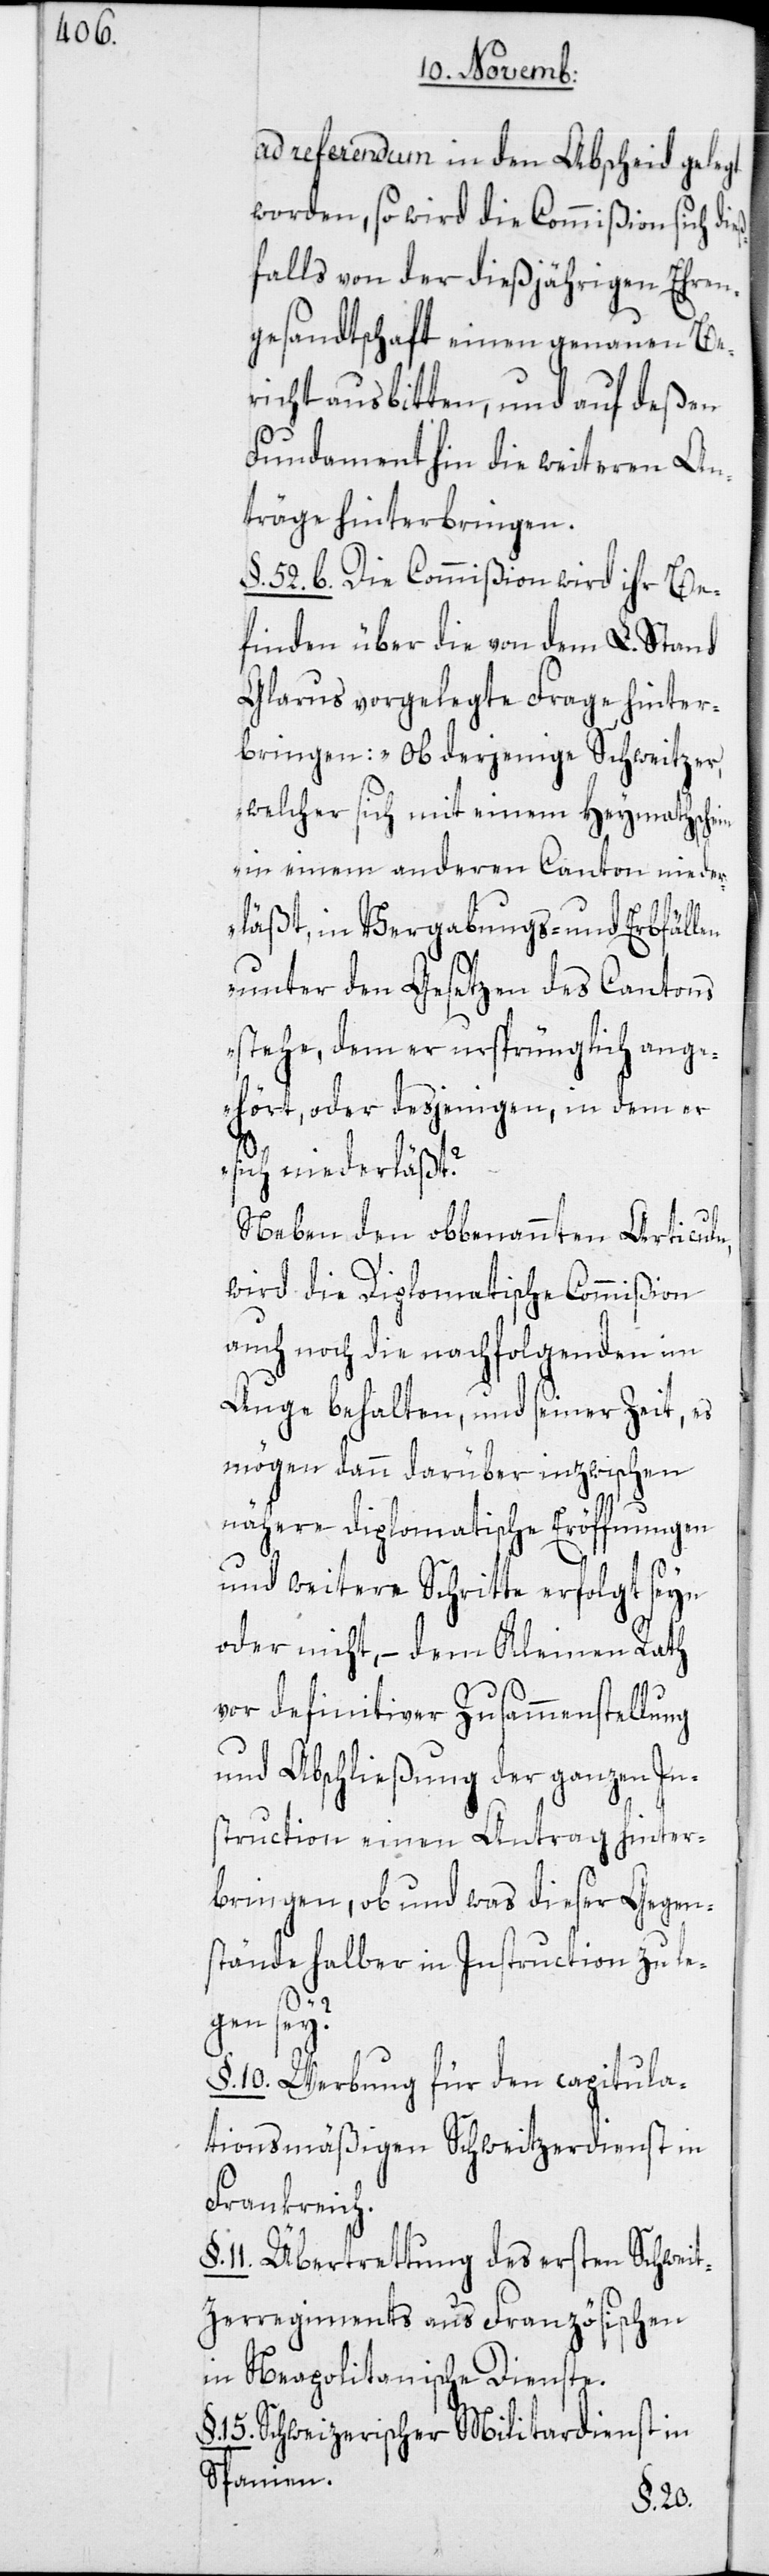
ad referendum in den Abscheid gelegt
worden, so wird die Commißion sich di¬
falls von der dießjährigen Ehren¬
gesandtschaft einen genauen Be¬
richt ausbitten, und auf deßen
Fundament hin die weiteren An¬
träge hinterbringen.
§. 52. b. Die Commißion wird ihr Be¬
finden über die von dem L. Stand
Glarus vorgelegte Frage hinter¬
bringen: „Ob derjenige Schweitzer,
welcher sich mit einem Heymathschein
in einem anderen Canton nieder¬
läßt, in Vergabungs- und Erbfällen
unter den Gesetzen des Cantons
stehe, dem er ursprünglich ange¬
hört, oder desjenigen, in dem er
sich niederläßt?
Neben den obbenannten Articuln,
wird die Diplomatische Commißion
auch noch die nachfolgenden im
Auge behalten, und seiner Zeit, es
mögen dann darüber inzwischen
nähere Diplomatische Eröffnungen
und weitere Schritte erfolgt seyn
oder nicht, – dem Kleinen Rath
vor definitiver Zusammenstellung
und Abschließung der ganzen In¬
struction einen Antrag hinter¬
bringen, ob und was dieser Gegen¬
stände halber in Instruction zu le¬
gen sey?
§. 10. Werbung für den capitula¬
tionsmäßigen Schweitzerdienst in
Frankreich.
11. Übertrettung des ersten Schweit¬
zerregiments aus Französischen
in Neapolitanische Dienste.
15. Schweitzerischer Militardienst in
Spanien.